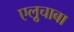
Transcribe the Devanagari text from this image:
एल्रुचाबा